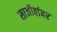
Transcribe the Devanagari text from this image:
साजीवांवर